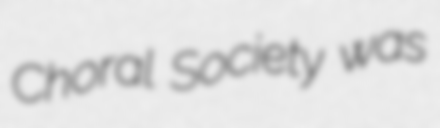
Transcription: Choral Society was